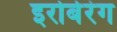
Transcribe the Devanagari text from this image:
इरोबेरंग